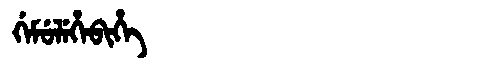
Manchu: ᡤᡝᠮᡠᠯᡝᡥᡝᠪᡳᡥᡝ
Romanization: GEMULEHEBIHE